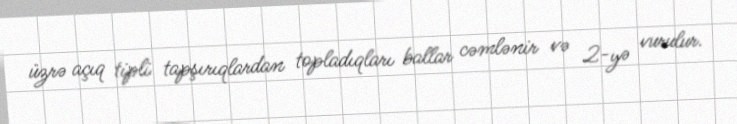
üzrə açıq tipli tapşırıqlardan topladıqları ballar cəmlənir və 2-yə vurulur.